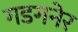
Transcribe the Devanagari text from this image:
गडगनेर